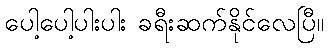
ပေါ့ပေါ့ပါးပါး ခရီးဆက်နိုင်လေပြီ။